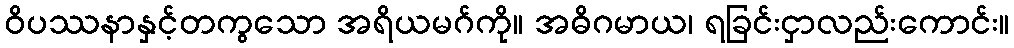
ဝိပဿနာနှင့်တကွသော အရိယမဂ်ကို။ အဓိဂမာယ၊ ရခြင်းငှာလည်းကောင်း။